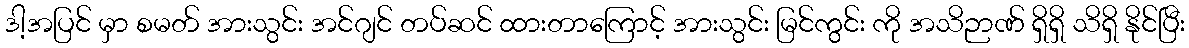
ဒါ့အပြင် မှာ စမတ် အားသွင်း အင်ဂျင် တပ်ဆင် ထားတာကြောင့် အားသွင်း မြင်ကွင်း ကို အသိဉာဏ် ရှိရှိ သိရှိ နိုင်ပြီး